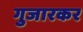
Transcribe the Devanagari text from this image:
गुजारकर